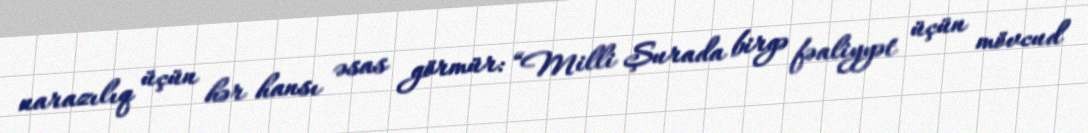
narazılıq üçün hər hansı əsas görmür: “Milli Şurada birgə fəaliyyət üçün mövcud